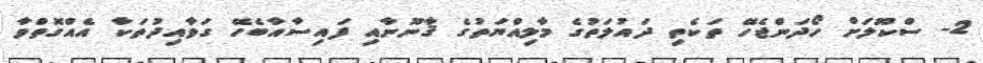
2- ސްކޫލަށް ހޯދަންޖެހޭ ތަކެތި ދައުލަތުގެ މާލިއްޔަތުގެ ޤާނޫނާއި ފައިސާއާބެހޭ ގަވާއިދުތަކާ އެއްގޮތްވާ